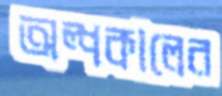
অল্পকালের